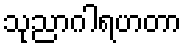
သုညာဂါရဟတာ